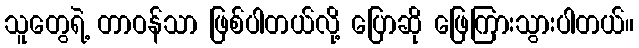
သူတွေရဲ့ တာဝန်သာ ဖြစ်ပါတယ်လို့ ပြောဆို ဖြေကြားသွားပါတယ်။